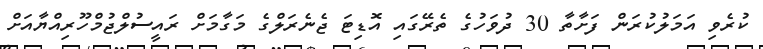
ކުރެވި އަމަލުކުރަން ފަށާތާ 30 ދުވަހުގެ ތެރޭގައި އޮޑިޓަ ޖެނެރަލްގެ މަގާމަށް ރައީސުލްޖުމްހޫރިއްޔާއަށް